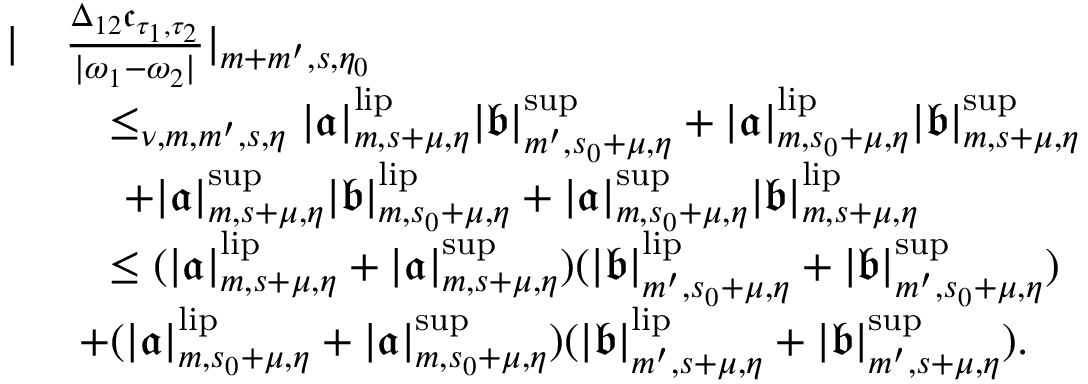
\begin{array} { r l } { | } & { \frac { \Delta _ { 1 2 } \mathfrak { c } _ { \tau _ { 1 } , \tau _ { 2 } } } { | \omega _ { 1 } - \omega _ { 2 } | } | _ { m + m ^ { \prime } , s , \eta _ { 0 } } } \\ & { \quad \le _ { \nu , m , m ^ { \prime } , s , \eta } | \mathfrak { a } | _ { m , s + \mu , \eta } ^ { \mathrm { l i p } } | \mathfrak { b } | _ { m ^ { \prime } , s _ { 0 } + \mu , \eta } ^ { \operatorname* { s u p } } + | \mathfrak { a } | _ { m , s _ { 0 } + \mu , \eta } ^ { \mathrm { l i p } } | \mathfrak { b } | _ { m , s + \mu , \eta } ^ { \operatorname* { s u p } } } \\ & { \quad \ + | \mathfrak { a } | _ { m , s + \mu , \eta } ^ { \operatorname* { s u p } } | \mathfrak { b } | _ { m , s _ { 0 } + \mu , \eta } ^ { \mathrm { l i p } } + | \mathfrak { a } | _ { m , s _ { 0 } + \mu , \eta } ^ { \operatorname* { s u p } } | \mathfrak { b } | _ { m , s + \mu , \eta } ^ { \mathrm { l i p } } } \\ & { \quad \le ( | \mathfrak { a } | _ { m , s + \mu , \eta } ^ { \mathrm { l i p } } + | \mathfrak { a } | _ { m , s + \mu , \eta } ^ { \operatorname* { s u p } } ) ( | \mathfrak { b } | _ { m ^ { \prime } , s _ { 0 } + \mu , \eta } ^ { \mathrm { l i p } } + | \mathfrak { b } | _ { m ^ { \prime } , s _ { 0 } + \mu , \eta } ^ { \operatorname* { s u p } } ) } \\ & { \ + ( | \mathfrak { a } | _ { m , s _ { 0 } + \mu , \eta } ^ { \mathrm { l i p } } + | \mathfrak { a } | _ { m , s _ { 0 } + \mu , \eta } ^ { \operatorname* { s u p } } ) ( | \mathfrak { b } | _ { m ^ { \prime } , s + \mu , \eta } ^ { \mathrm { l i p } } + | \mathfrak { b } | _ { m ^ { \prime } , s + \mu , \eta } ^ { \operatorname* { s u p } } ) . } \end{array}